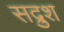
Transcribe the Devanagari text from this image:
सद्रुश